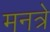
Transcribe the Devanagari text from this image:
मनत्रे